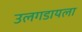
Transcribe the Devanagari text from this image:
उलगडायला